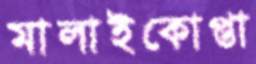
মালাইকোপ্তা